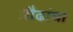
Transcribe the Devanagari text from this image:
प्रौढांचा